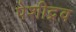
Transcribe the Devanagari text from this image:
पेशीद्रव